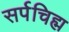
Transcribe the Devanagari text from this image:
सर्पचिह्म